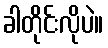
ခါတိုင်းလိုပဲ။